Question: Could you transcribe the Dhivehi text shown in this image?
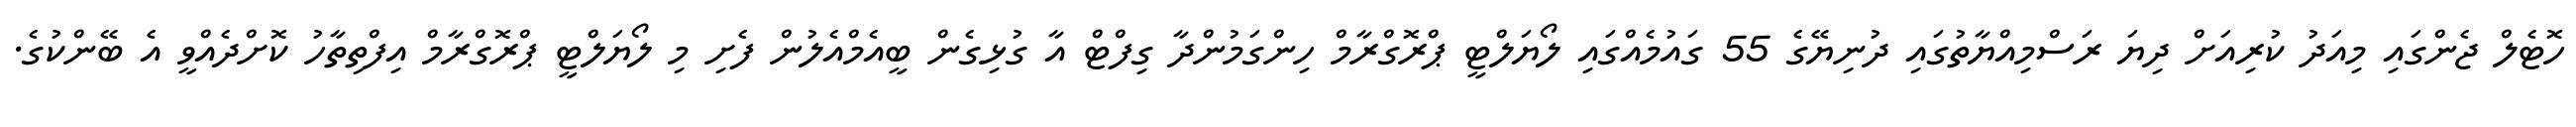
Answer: ހޮޓެލް ޖެންގައި މިއަދު ކުރިއަށް ދިޔަ ރަސްމިއްޔާތުގައި ދުނިޔޭގެ 55 ގައުމެއްގައި ލޯޔަލްޓީ ޕްރޮގްރާމް ހިންގަމުންދާ ގިފްޓް އާ ގުޅިގެން ބީއެމްއެލުން ފެށި މި ލޯޔަލްޓީ ޕްރޮގްރާމް އިފްތިތާހު ކޮށްދެއްވީ އެ ބޭންކުގެ.